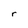
Character: r